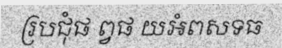
រ្របជុំផ ព្វផ យអំពសទធ